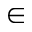
\in